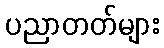
ပညာတတ်များ